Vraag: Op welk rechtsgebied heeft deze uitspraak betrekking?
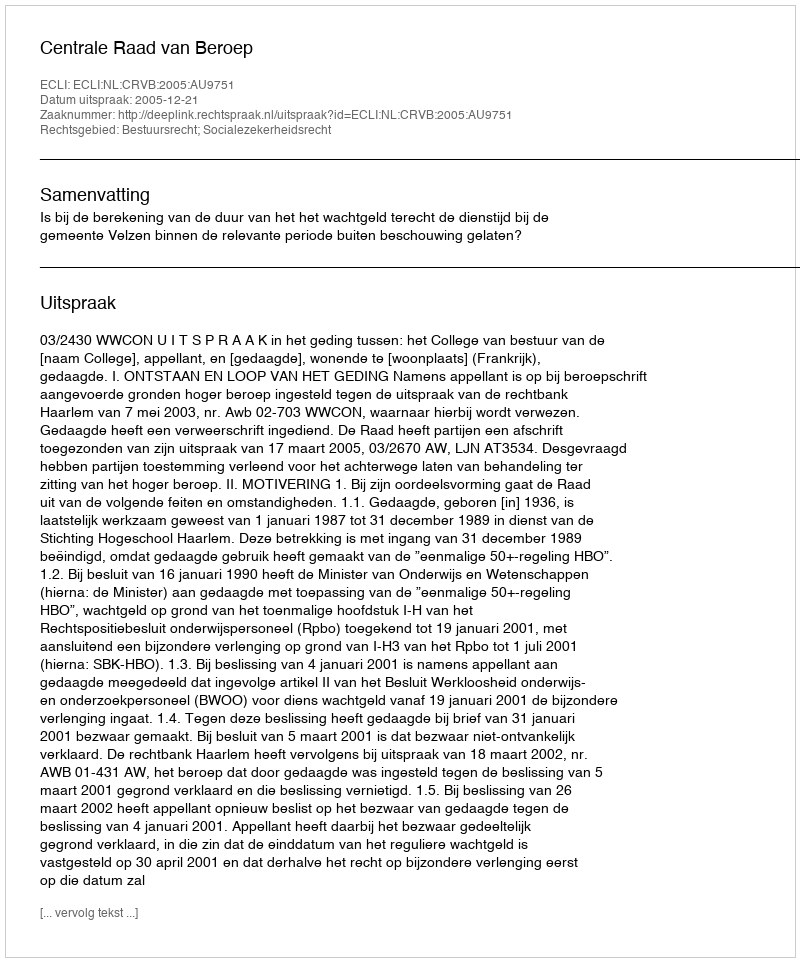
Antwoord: Bestuursrecht; Socialezekerheidsrecht